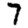
Digit: 7